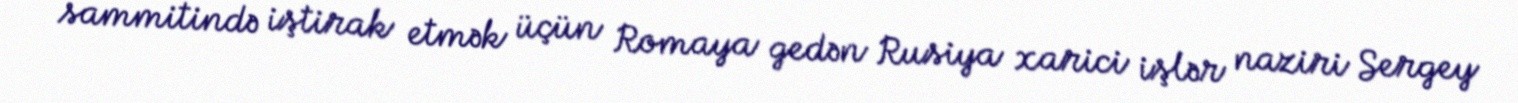
sammitində iştirak etmək üçün Romaya gedən Rusiya xarici işlər naziri Sergey